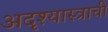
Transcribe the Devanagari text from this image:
अदृश्यास्त्राची